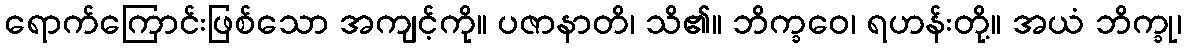
ရောက်ကြောင်းဖြစ်သော အကျင့်ကို။ ပဇာနာတိ၊ သိ၏။ ဘိက္ခဝေ၊ ရဟန်းတို့။ အယံ ဘိက္ခု၊